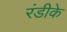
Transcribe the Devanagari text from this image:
रंडीके